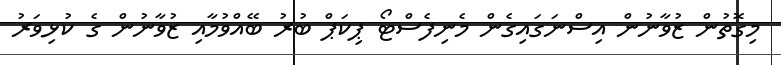
މިގޮތުން ޒުވާނުން އިސްނަގައިގެން މެނިފެސްޓޯ ޕިކަޕް ބުރު ބޭއްވުމާއި ޒުވާނުން ގެ ކުޅިވަރު